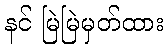
နင် မြဲမြဲမှတ်ထား